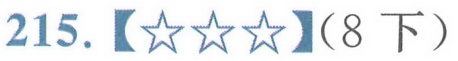
215.【★★★】（8下）